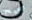
صحيح